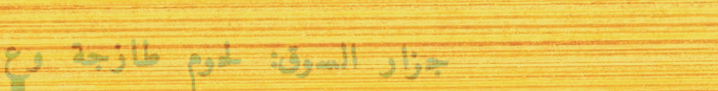
جزار السوق: لحوم طازجة وع